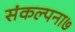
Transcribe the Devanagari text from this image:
संकल्पना७